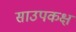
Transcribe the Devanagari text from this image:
साउपकक्ष